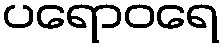
ပရောဝရေ